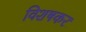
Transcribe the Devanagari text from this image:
विशषकर